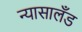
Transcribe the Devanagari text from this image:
न्यासालँड